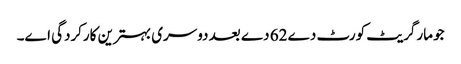
جو مارگریٹ کورٹ دے 62 دے بعد دوسری بہترین کارکردگی ا‏‏ے۔